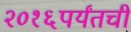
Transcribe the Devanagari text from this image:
२०१६पर्यंतची